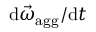
{ \mathrm { d } \vec { \omega } _ { \mathrm { a g g } } / \mathrm { d } t }